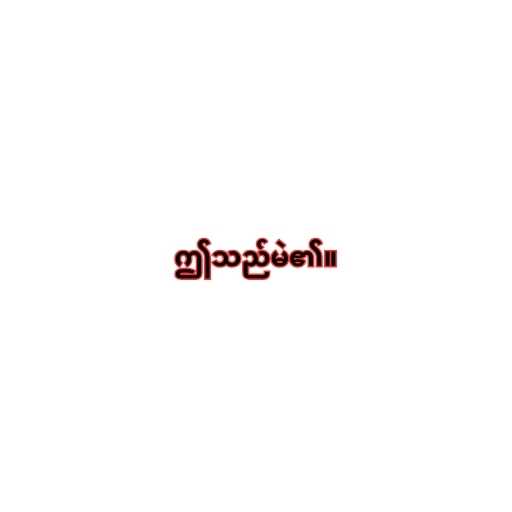
ဤသည်မဲ၏။